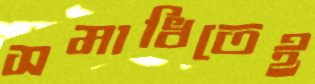
সমাধিতেই